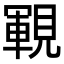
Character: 𧡡